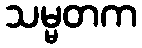
သမ္မတက